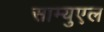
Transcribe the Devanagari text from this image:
साम्युएल